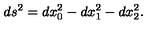
d s ^ { 2 } = d x _ { 0 } ^ { 2 } - d x _ { 1 } ^ { 2 } - d x _ { 2 } ^ { 2 } .